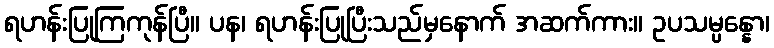
ရဟန်းပြုကြကုန်ပြီ။ ပန၊ ရဟန်းပြုပြီးသည်မှနောက် အဆက်ကား။ ဥပသမ္ပန္နော၊